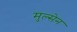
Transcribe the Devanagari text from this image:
मुल्सेन